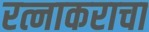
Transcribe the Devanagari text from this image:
रत्नाकराचा